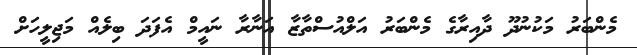
މެންބަރު މަކުނުދޫ ދާއިރާގެ މެންބަރު އަލްއުސްތާޒާ އަނާރާ ނައީމް އެފަދަ ބިލެއް މަޖިލީހަށް